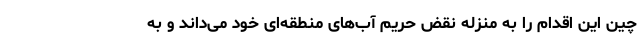
چین این اقدام را به منزله نقض حریم آب‌های منطقه‌ای خود می‌داند و به